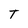
Character: T